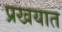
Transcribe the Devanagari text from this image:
प्रखयात